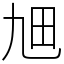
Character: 𤰙